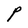
Character: P